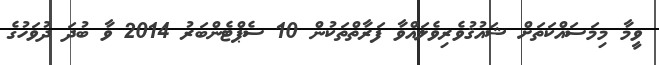
ވީމާ މިމަސައްކަތަށް ޝައުޤުވެރިވެލައްވާ ފަރާތްތަކުން 10 ސެޕްޓެންބަރު 2014 ވާ ބުދަ ދުވަހުގެ